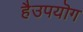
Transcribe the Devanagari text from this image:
हैउपयॊग